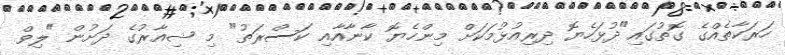
ހަރަކާތެއްގެ ގޮތުގައި"ދުޅަހެޔޮ ދިރިއުޅުމަކަށް މިންހެޔޮ ކާނާއާއި ކަސްރަތު" މި ޝިއާރުގެ ދަށުން "ލިވް